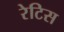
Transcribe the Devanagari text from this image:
रेटिस